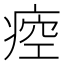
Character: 㾤